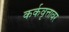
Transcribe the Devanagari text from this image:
कर्कवृत्तावर